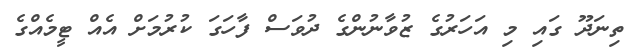
ތިނަދޫ ގައި މި އަހަރުގެ ޒުވާނުންގެ ދުވަސް ފާހަގަ ކުރުމަށް އެއް ޓީމެއްގެ